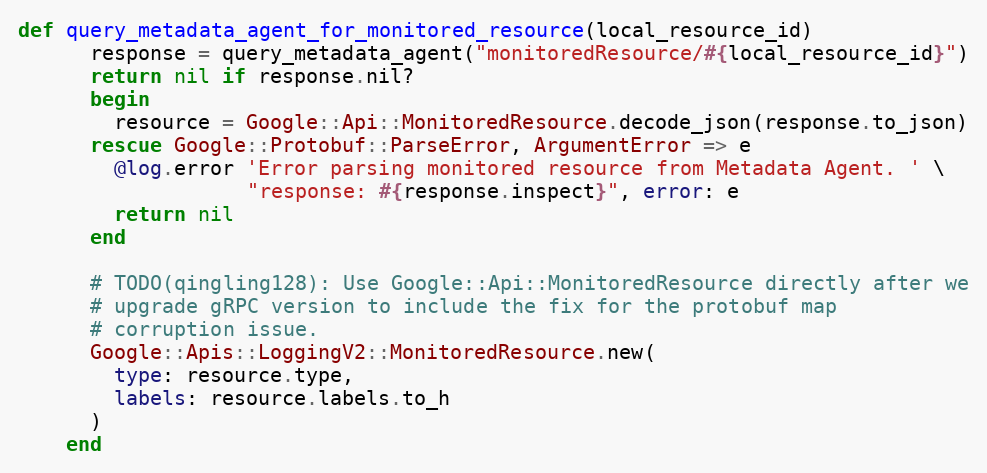
Language: Ruby
def query_metadata_agent_for_monitored_resource(local_resource_id)
      response = query_metadata_agent("monitoredResource/#{local_resource_id}")
      return nil if response.nil?
      begin
        resource = Google::Api::MonitoredResource.decode_json(response.to_json)
      rescue Google::Protobuf::ParseError, ArgumentError => e
        @log.error 'Error parsing monitored resource from Metadata Agent. ' \
                   "response: #{response.inspect}", error: e
        return nil
      end

      # TODO(qingling128): Use Google::Api::MonitoredResource directly after we
      # upgrade gRPC version to include the fix for the protobuf map
      # corruption issue.
      Google::Apis::LoggingV2::MonitoredResource.new(
        type: resource.type,
        labels: resource.labels.to_h
      )
    end